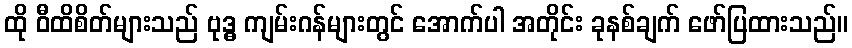
ထို ဝီထိစိတ်များသည် ဗုဒ္ဓ ကျမ်းဂန်များတွင် အောက်ပါ အတိုင်း ခုနစ်ချက် ဖော်ပြထားသည်။